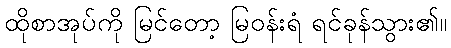
ထိုစာအုပ်ကို မြင်တော့ မြဝန်းရံ ရင်ခုန်သွား၏။